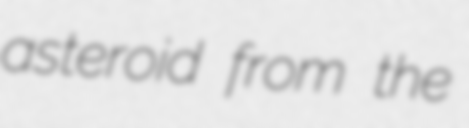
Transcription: asteroid from the